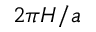
2 \pi H / a